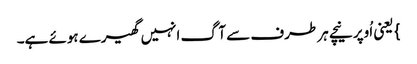
} یعنی اُوپر نیچے ہر طرف سے آگ انہیں گھیرے ہوئے ہے۔